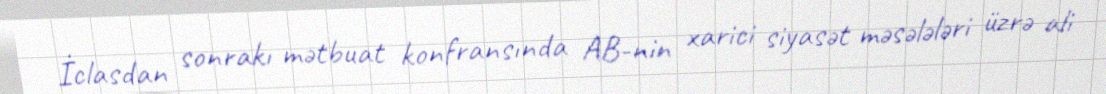
İclasdan sonrakı mətbuat konfransında AB-nin xarici siyasət məsələləri üzrə ali